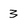
Character: 3